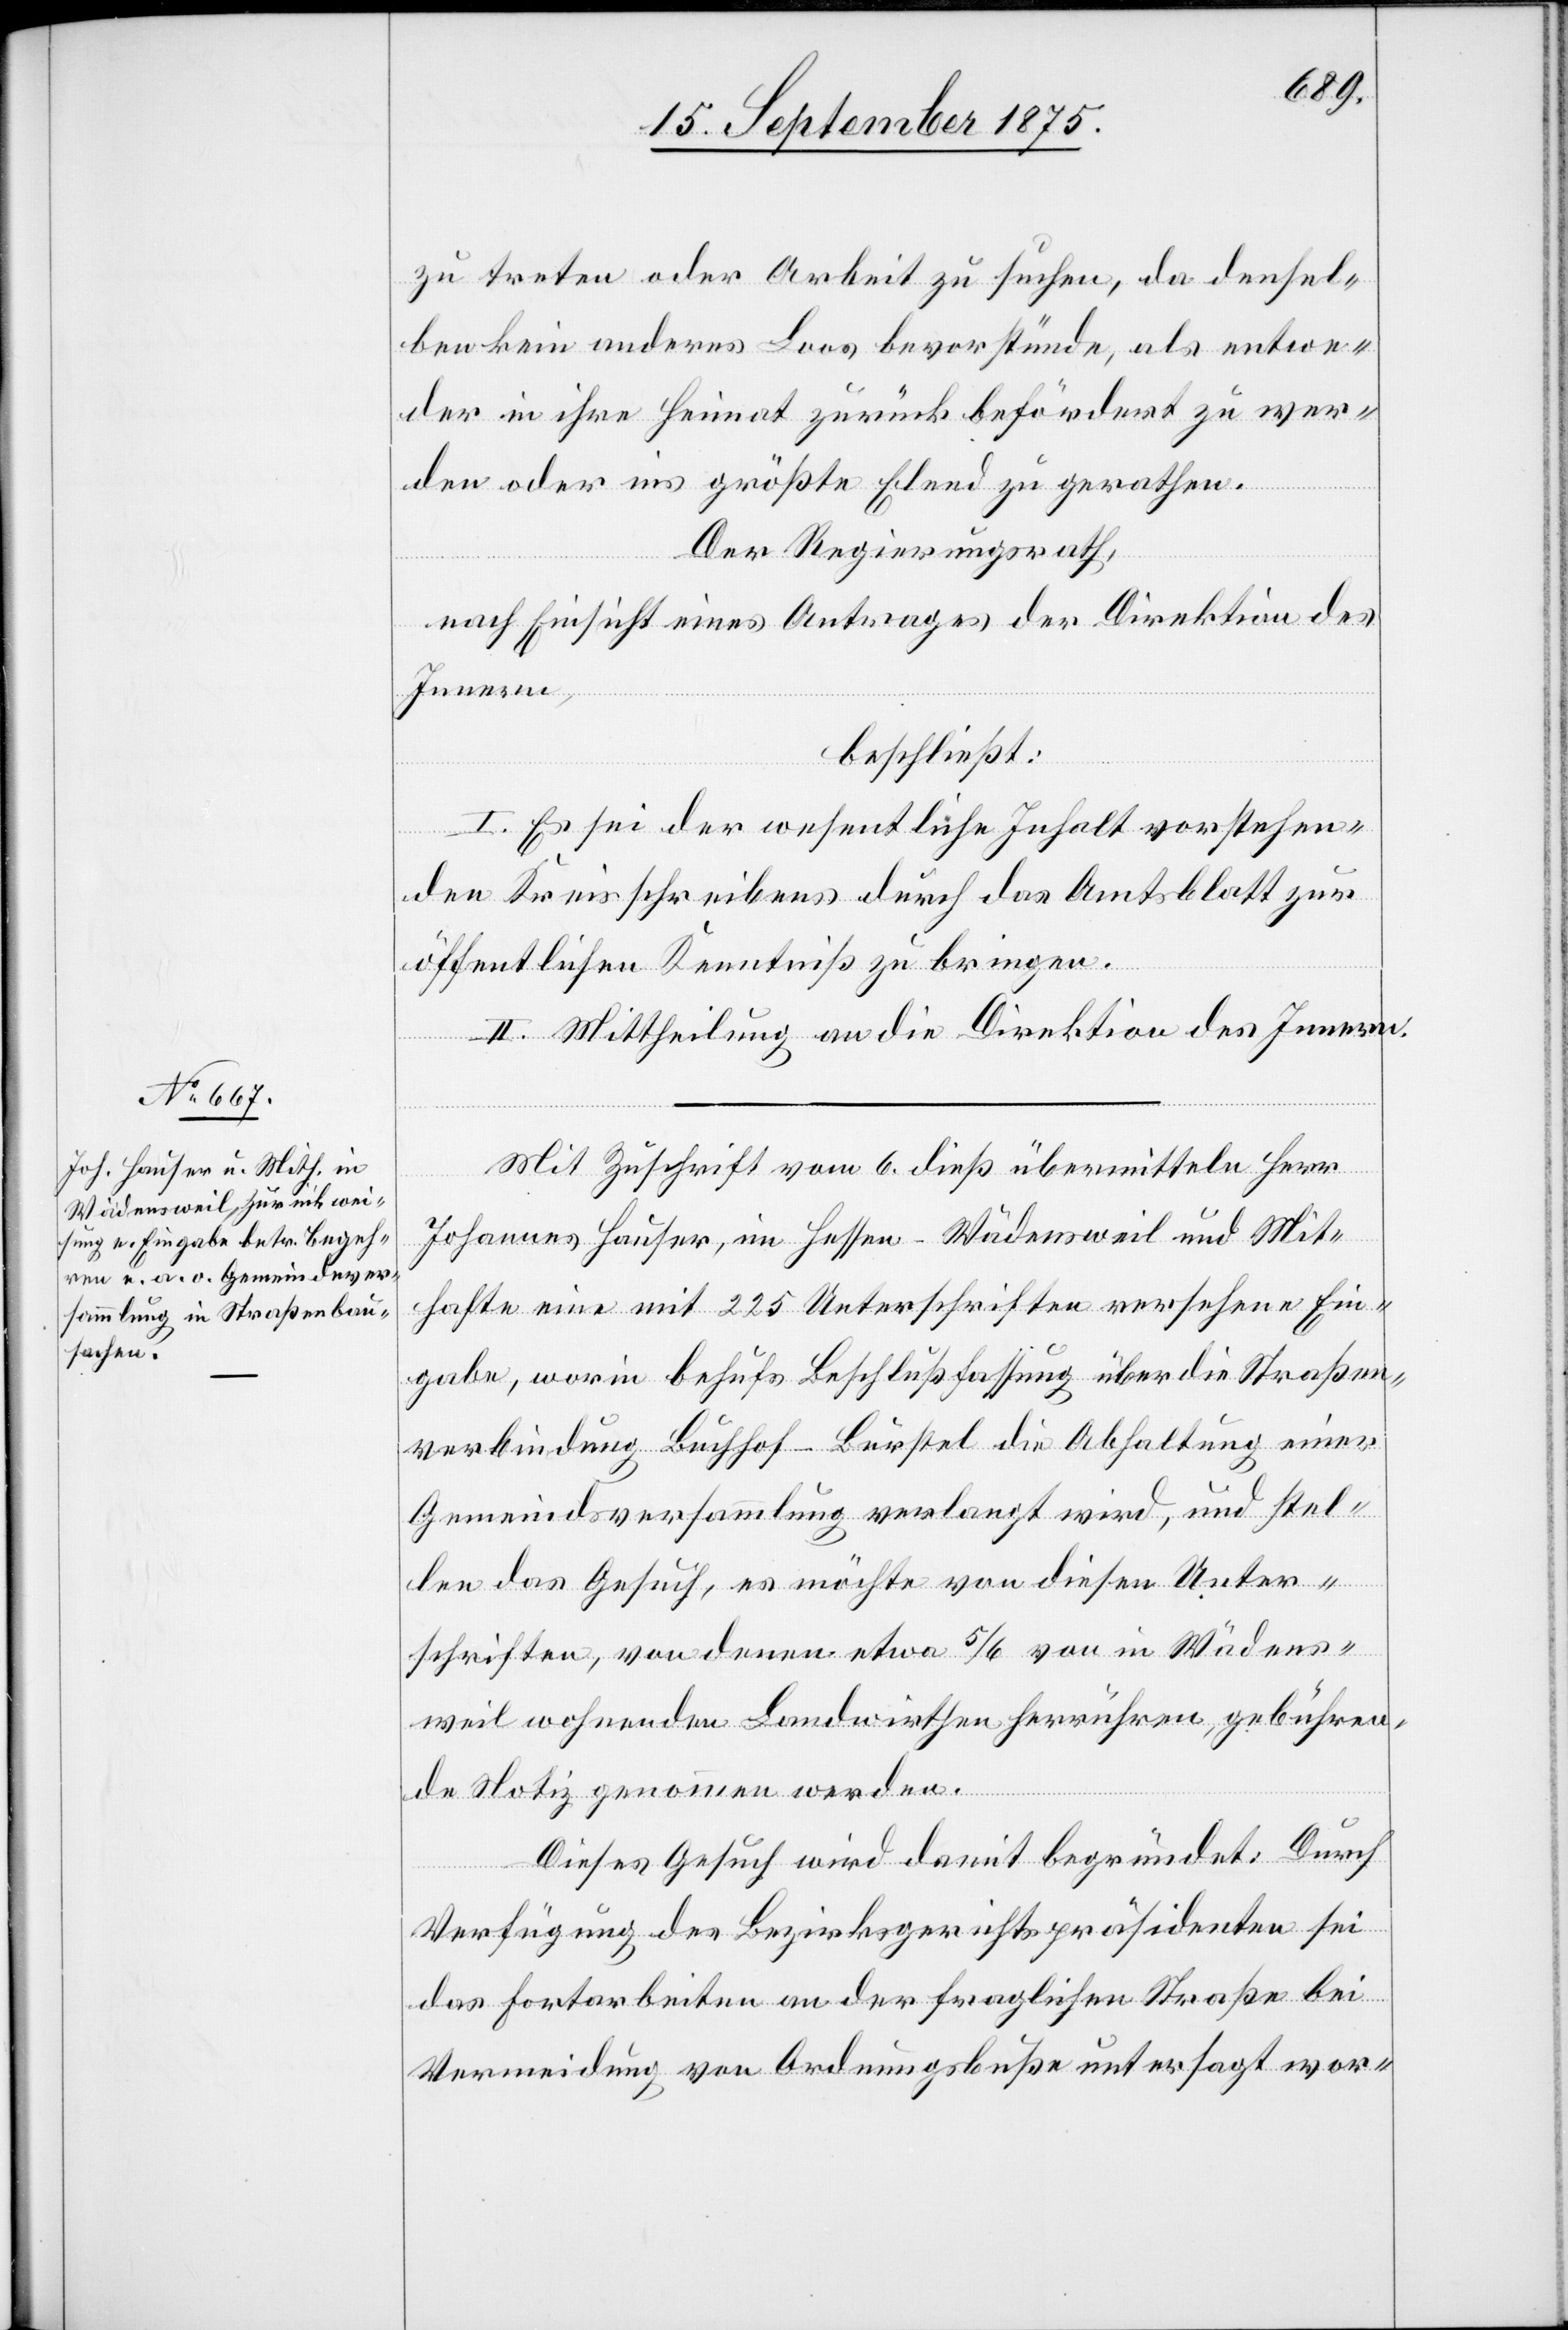
zu treten oder Arbeit zu suchen, da densel¬
ben kein anderes Loos bevorstünde, als entwe¬
der in ihre Heimat zurückbefördert zu wer¬
den oder ins größte Elend zu gerathen.
Der Regierungsrath,
nach Einsicht eines Antrages der Direktion des
Innern,
beschließt:
I. Es sei der wesentliche Inhalt vorstehen¬
den Kreisschreibens durch das Amtsblatt zur
öffentlichen Kenntniß zu bringen.
II. Mittheilung an die Direktion des Innern.
Mit Zuschrift vom 6. dieß übermitteln Herr
Johannes Hauser, im Hessen - Wädensweil und Mit¬
hafte eine mit 225 Unterschriften versehene Ein¬
gabe, worin behufs Beschlußfassung über die Straßen¬
verbindung Buchhof–Burstel die Abhaltung einer
Gemeindsversammlung verlangt wird, und stel¬
len das Gesuch, es möchte von diesen Unter¬
schriften, von denen etwa 5/6 von in Wädens¬
weil wohnenden Landwirthen herrühren, gebühren¬
de Notiz genommen werden.
Dieses Gesuch wird damit begründet: Durch
Verfügung des Bezirksgerichtspräsidenten sei
das Fortarbeiten an der fraglichen Straße bei
Vermeidung von Ordnungsbuße untersagt wor-